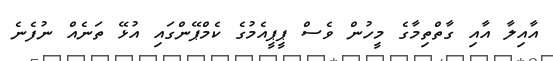
އާއިލާ އާއި ގާތްތިމާގެ މީހުން ވެސް ޕީޕީއެމުގެ ކެމްޕޭންގައި އުޅޭ ތަނެއް ނުފެނެ